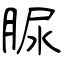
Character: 脲